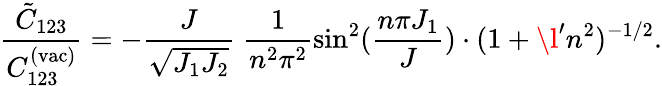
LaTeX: \frac{\tilde{C}_{123}}{C_{123}^{(\mathrm{vac)}}}=-\frac{J}{\sqrt{J_{1}J_{2}}}\; \frac{1}{n^{2}\pi^{2}}\sin^{2}(\frac{n\pi J_{1}}{J})\cdot(1+\l^{\prime}n^{2})^{-1/2}.